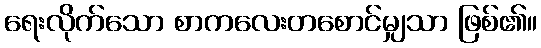
ရေးလိုက်သော စာကလေးတစောင်မျှသာ ဖြစ်၏။